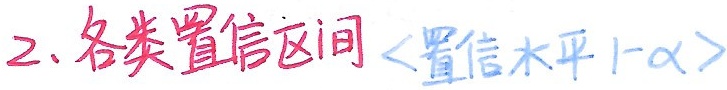
2. 各类置信区间<置信水平 \(1 - \alpha\)>